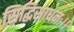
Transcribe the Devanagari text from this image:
सिद्धिसाधनः।।